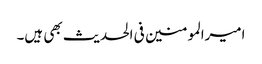
امیرالمومنین فی الحدیث بھی ہیں۔